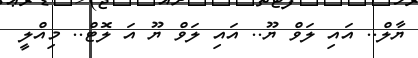
ޔާލް.. އައި ލަވް ޔޫ.. އައި ލަވް ޔޫ އަ ލޮޓް.. މިއްލީ